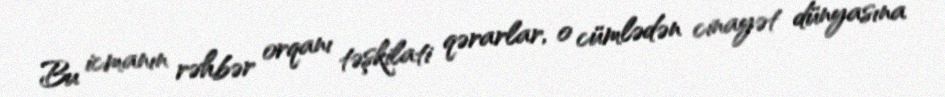
Bu icmanın rəhbər orqanı təşkilati qərarlar, o cümlədən cinayət dünyasına